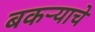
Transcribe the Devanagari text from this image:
बकऱ्याचे